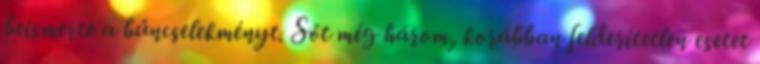
beismerte a bűncselekményt. Sőt még három, korábban felderítetlen esetet